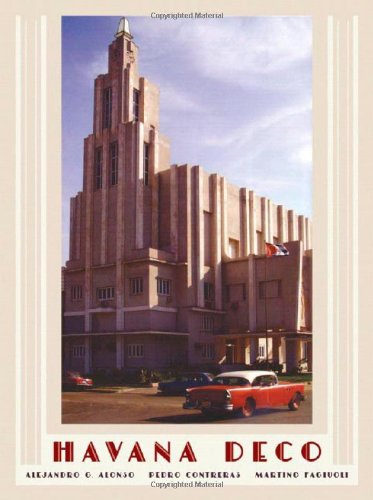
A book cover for Havana Deco; Alejandro G. Alonso; Travel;